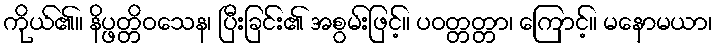
ကိုယ်၏။ နိပ္ဖတ္တိဝသေန၊ ပြီးခြင်း၏ အစွမ်းဖြင့်။ ပဝတ္တတ္တာ၊ ကြောင့်။ မနောမယာ၊